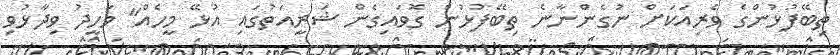
ތިބޭފުޅުންގެ ވެރިއަކަށް ނުގެންނާނެ ތިބޭފުޅުން ގޮވައިގެން ޝަރީއަތުގައި އުޅޭ މީހެއް" ވަހީދު ވިދާޅުވި